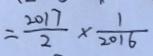
= \frac { 2 0 1 7 } { 2 } \times \frac { 1 } { 2 0 1 6 }